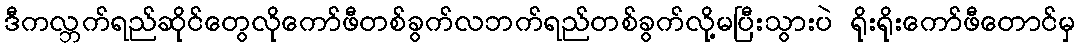
ဒီကလ္ဘက်ရည်ဆိုင်တွေလိုကော်ဖီတစ်ခွက်လဘက်ရည်တစ်ခွက်လို့မပြီးသွားပဲ ရိုးရိုးကော်ဖီတောင်မှ